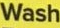
Wash